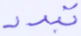
تبدد